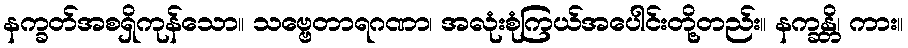
နက္ခတ်အစရှိကုန်သော။ သဗ္ဗေတာရဂဏာ၊ အလုံးစုံကြယ်အပေါင်းတို့တည်း။ နက္ခန္တိ၊ ကား။